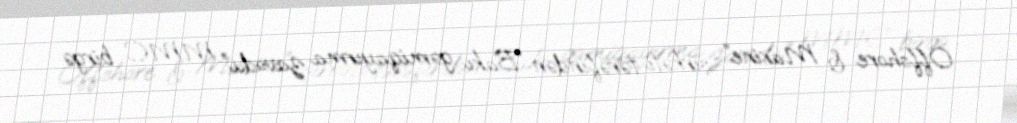
Offshore & Marine” şirkəti tərəfindən “Bakı gəmiqayırma zavodu” MMC birgə